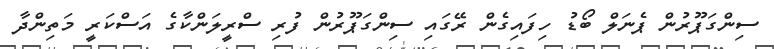
ސިންގަޕޫރުން ޕެނަލް ބޯޑު ހިފައިގެން ރޭގައި ސިންގަޕޫރުން ފުރި ސްރީލަންކާގެ އަސްކަރީ މަތިންދާ